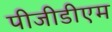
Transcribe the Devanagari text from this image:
पीजीडीएम